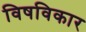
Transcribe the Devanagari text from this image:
विषविकार